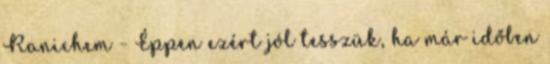
Ranichem - Éppen ezért jól tesszük, ha már időben